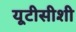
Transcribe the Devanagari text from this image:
यूटीसीशी